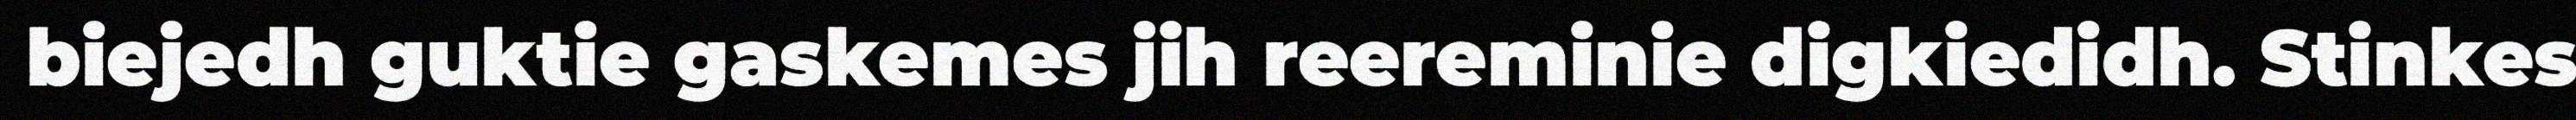
biejedh guktie gaskemes jih reereminie digkiedidh. Stinkes